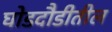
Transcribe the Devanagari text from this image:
घोडदौडीतील